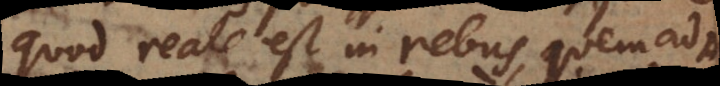
quod reale est in rebus, quemad